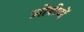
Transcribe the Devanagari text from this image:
ज़ोंबीयों